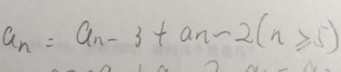
a _ { n } = a _ { n } - 3 + a n - 2 ( n \geqslant 5 )